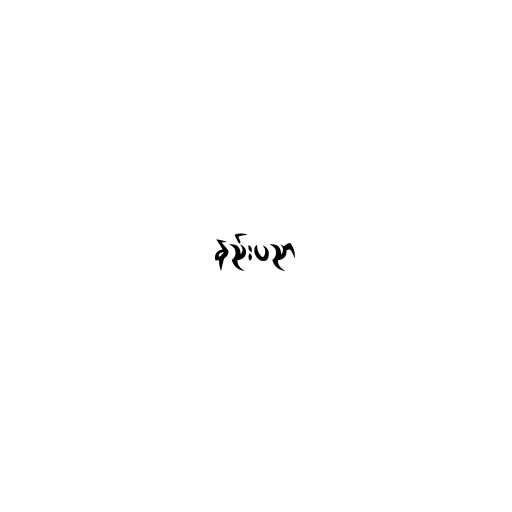
နည်းပညာ